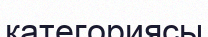
категориясы